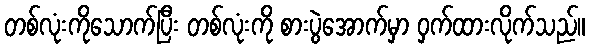
တစ်လုံးကိုသောက်ပြီး တစ်လုံးကို စားပွဲအောက်မှာ ဝှက်ထားလိုက်သည်။